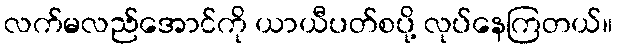
လက်မလည်အောင်ကို ယာယီပတ်စပို့ လုပ်နေကြတယ်။